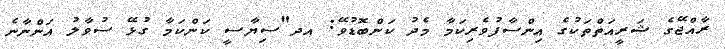
ރާއްޖޭގެ ޝަރީއަތްތަކުގެ އިންސާފުވެރިކަމާ މެދު ކަންބޮޑުވޭ: އދ"ސިޔާސީ ކަންކަމާ ގުޅޭ ސުވާލު އަންނާނެ